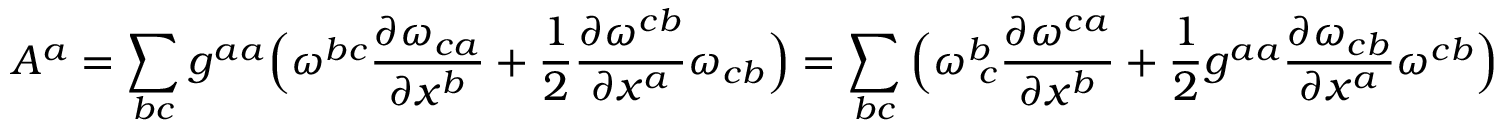
A ^ { a } = \sum _ { b c } g ^ { a a } \Big ( \omega ^ { b c } \frac { \partial \omega _ { c a } } { \partial x ^ { b } } + \frac { 1 } { 2 } \frac { \partial \omega ^ { c b } } { \partial x ^ { a } } \omega _ { c b } \Big ) = \sum _ { b c } \Big ( \omega _ { \, \, c } ^ { b } \frac { \partial \omega { ^ { c a } } } { \partial x ^ { b } } + \frac { 1 } { 2 } g ^ { a a } \frac { \partial \omega _ { c b } } { \partial x ^ { a } } \omega ^ { c b } \Big )